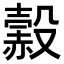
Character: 𧹲